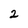
Character: 2